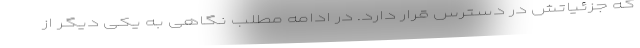
که جزئیاتش در دسترس قرار دارد. در ادامه مطلب نگاهی به یکی دیگر از